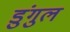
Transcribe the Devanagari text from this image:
डुंगुल